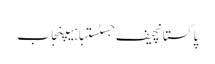
پاکستانچیف جسٹستباہیپنجاب